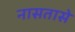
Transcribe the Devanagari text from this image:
नासतासे